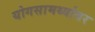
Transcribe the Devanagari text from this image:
योगसामर्थ्यावर